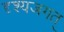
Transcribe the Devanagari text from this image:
दृश्यजगत्‌